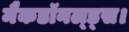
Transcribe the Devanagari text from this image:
मैकडॉनल्ड्स।